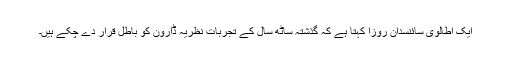
ایک اطالوی سائنسدان روزا کہتا ہے کہ گذشتہ ساٹھ سال کے تجربات نظریہ ڈارون کو باطل قرار دے چکے ہیں۔